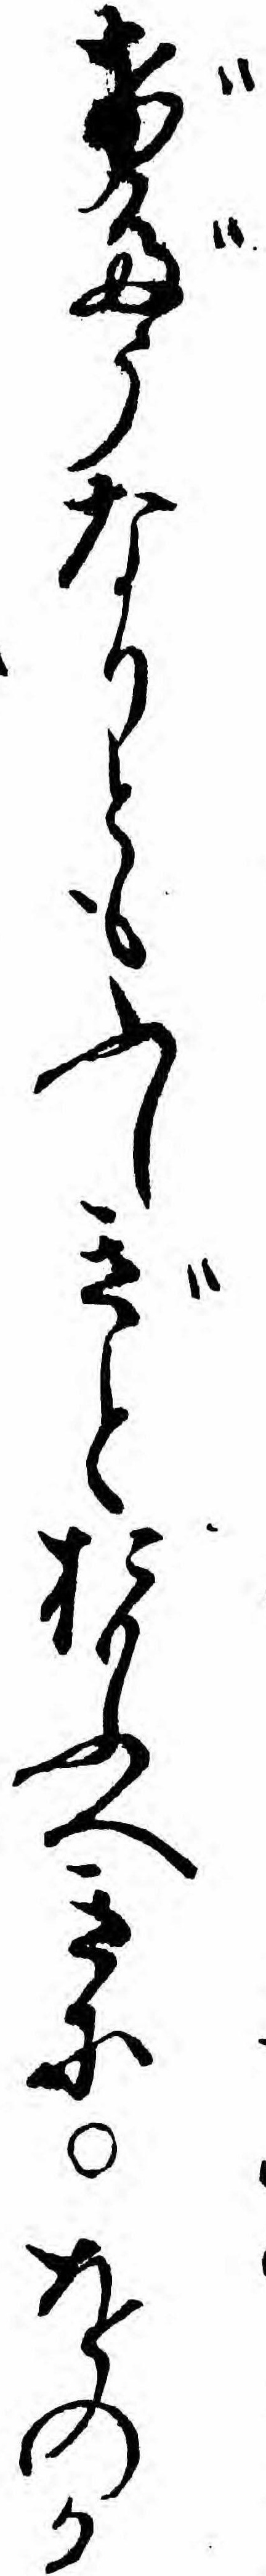
げだうなりともふしぎとおもふへきにをのか